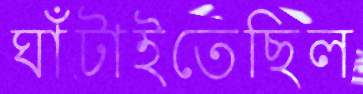
ঘাঁটাইতেছিল